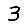
Digit: 3